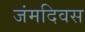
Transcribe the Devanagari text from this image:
जंमदिवस